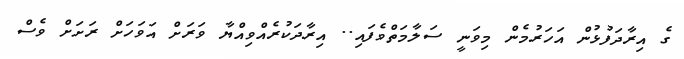
ގެ އިރާދަފުޅުން އަހަރުމެން މިވަނީ ސަލާމަތްވެފައި.. އިރާދަކުރެއްވިއްޔާ ވަރަށް އަވަހަށް ރަށަށް ވެސް